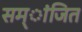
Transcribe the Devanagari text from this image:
सम्ांजित